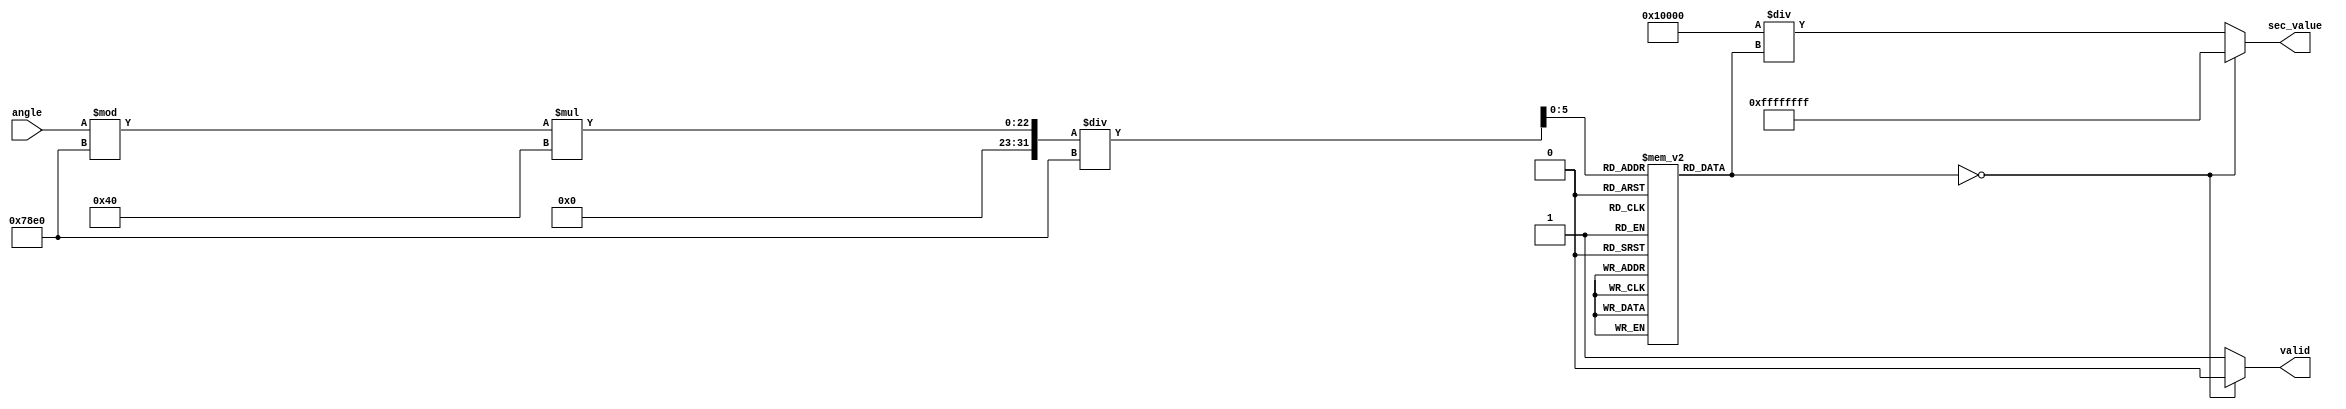
module secant_function(
    input [15:0] angle,          // Input angle in radians (fixed-point, 16 bits)
    output reg [31:0] sec_value, // Output secant value (fixed-point, 32 bits)
    output reg valid             // Output valid flag
);

// Constants
parameter PI = 16'h3C90; // Approximation of  in fixed-point (16 bits)
parameter TWO_PI = 16'h78E0; // Approximation of 2 in fixed-point (16 bits)
parameter COS_TABLE_SIZE = 64; // Size of the cosine lookup table

// Cosine lookup table (values in fixed-point format)
reg [15:0] cos_table [0:COS_TABLE_SIZE-1];
initial begin
    // Populate the cosine lookup table with values
    // The values should be pre-computed for angles from 0 to 2
    // This is a simplified example; normally, you'd compute these values more thoroughly
    cos_table[0] = 16'h7FFF; // cos(0) = 1
    cos_table[1] = 16'h7F7D; // cos(1)
    // ... Populate the rest of the table
    cos_table[63] = 16'h0000; // cos(2) = 1
end

// Normalize angle to [0, 2]
wire [15:0] normalized_angle;
assign normalized_angle = angle % TWO_PI;

// Cosine calculation using the lookup table
wire [15:0] cos_value;
assign cos_value = cos_table[normalized_angle * COS_TABLE_SIZE / TWO_PI];

// Reciprocal calculation
always @(*) begin
    if (cos_value == 16'h0000) begin
        // Handle undefined secant (division by zero)
        sec_value = 32'hFFFFFFFF; // Indicate undefined
        valid = 0; // Invalid output
    end else begin
        // Compute secant value as 1/cos(x)
        sec_value = (32'h00010000 / cos_value); // Scale to fixed-point (1.16 format)
        valid = 1; // Valid output
    end
end

endmodule